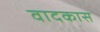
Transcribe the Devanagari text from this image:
वादकास